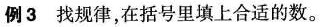
例3找规律，在括号里填上合适的数。